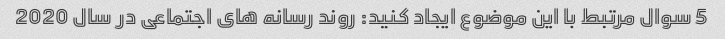
5 سوال مرتبط با این موضوع ایجاد کنید: روند رسانه های اجتماعی در سال 2020